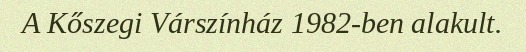
A Kőszegi Várszínház 1982-ben alakult.